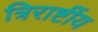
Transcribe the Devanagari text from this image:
त्रिराष्टींय